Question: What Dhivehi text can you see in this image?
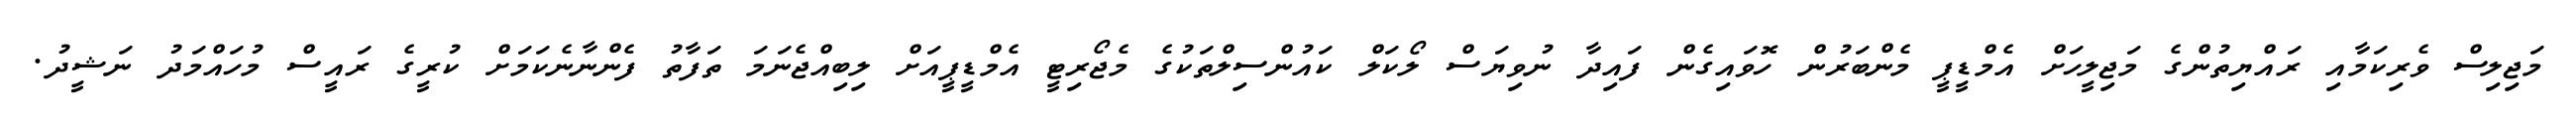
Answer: މަޖިލިސް ވެރިކަމާއި ރައްޔިތުންގެ މަޖިލީހަށް އެމްޑީޕީ މެންބަރުން ހޮވައިގެން ފައިދާ ނުވިޔަސް ލޯކަލް ކައުންސިލްތަކުގެ މެޖޯރިޓީ އެމްޑީޕީއަށް ލިބިއްޖެނަމަ ތަފާތު ފެންނާނެކަމަށް ކުރީގެ ރައީސް މުހައްމަދު ނަޝީދު.